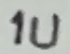
Text: 1u